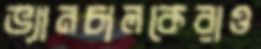
ভ্যানচালকেরাও